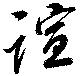
誼